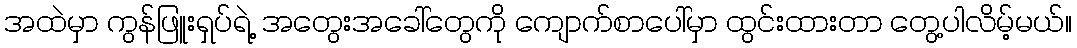
အထဲမှာ ကွန်ဖြူးရှပ်ရဲ့ အတွေးအခေါ်တွေကို ကျောက်စာပေါ်မှာ ထွင်းထားတာ တွေ့ပါလိမ့်မယ်။